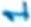
Text: 1